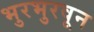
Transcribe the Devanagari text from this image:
भुरभुरवून